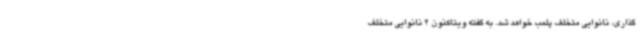
گذاری، نانوایی متخلف پلمب خواهد شد. به گفته ویتاکنون 2 نانوایی متخلف